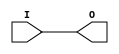
// This program was cloned from: https://github.com/jhshi/openofdm
// License: Apache License 2.0

// $Header: /devl/xcs/repo/env/Databases/CAEInterfaces/verunilibs/data/unisims/IBUFG_LVCMOS12.v,v 1.6 2007/05/23 21:43:34 patrickp Exp $
///////////////////////////////////////////////////////////////////////////////
// Copyright (c) 1995/2004 Xilinx, Inc.
// All Right Reserved.
///////////////////////////////////////////////////////////////////////////////
//   ____  ____
//  /   /\/   /
// /___/  \  /    Vendor : Xilinx
// \   \   \/     Version : 10.1
//  \   \         Description : Xilinx Functional Simulation Library Component
//  /   /                  Input Clock Buffer with LVCMOS12 I/O Standard
// /___/   /\     Filename : IBUFG_LVCMOS12.v
// \   \  /  \    Timestamp : Thu Mar 25 16:42:28 PST 2004
//  \___\/\___\
//
// Revision:
//    03/23/04 - Initial version.
//    05/23/07 - Changed timescale to 1 ps / 1 ps.

`timescale  1 ps / 1 ps


module IBUFG_LVCMOS12 (O, I);

    output O;

    input  I;

	buf B1 (O, I);


endmodule